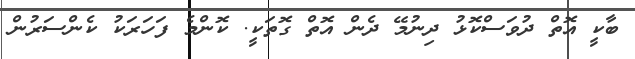
ބާކީ އޮތް ދުވަސްކޮޅު ދިނުމޭ ދެން އޮތް ގޮތަކީ. ކޮންމެ ފަހަރަކު ކެންސަރުން